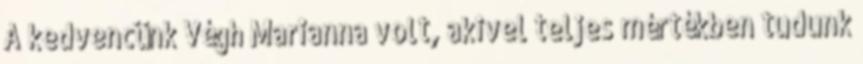
A kedvencünk Végh Marianna volt, akivel teljes mértékben tudunk